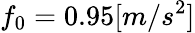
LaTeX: f_{0}=0.95[m/s^{2}]